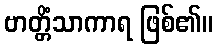
ဗာတ္တိံသာကာရ ဖြစ်၏။